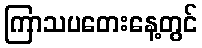
ကြာသပတေးနေ့တွင်